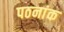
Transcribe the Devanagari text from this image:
पठनांक